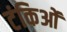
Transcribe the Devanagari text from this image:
टंकिओं